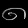
Digit: ၈